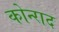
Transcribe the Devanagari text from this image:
कोन्‍राद